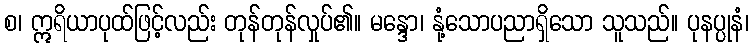
စ၊ ဣရိယာပုထ်ဖြင့်လည်း တုန်တုန်လှုပ်၏။ မန္ဒော၊ နုံ့သောပညာရှိသော သူသည်။ ပုနပ္ပုနံ၊